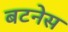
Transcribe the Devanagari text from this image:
बटनेस